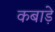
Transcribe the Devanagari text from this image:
कबाड़े